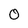
Character: 0